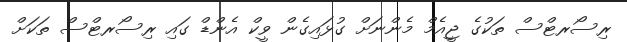
ރިސޯރޓްސް ތަކުގެ ޖީއެމް މެންނަށް ގުޅައިގެން ވީކް އެންޑް ގައި ރިސޯރޓްސް ތަކަށް